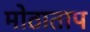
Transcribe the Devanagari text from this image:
मोठाताप